Vital statistics of India. Vol. IV, Annual returns from 1871 to 1876. British Army of India, Native Army and jails of Bengal
Year: 1871
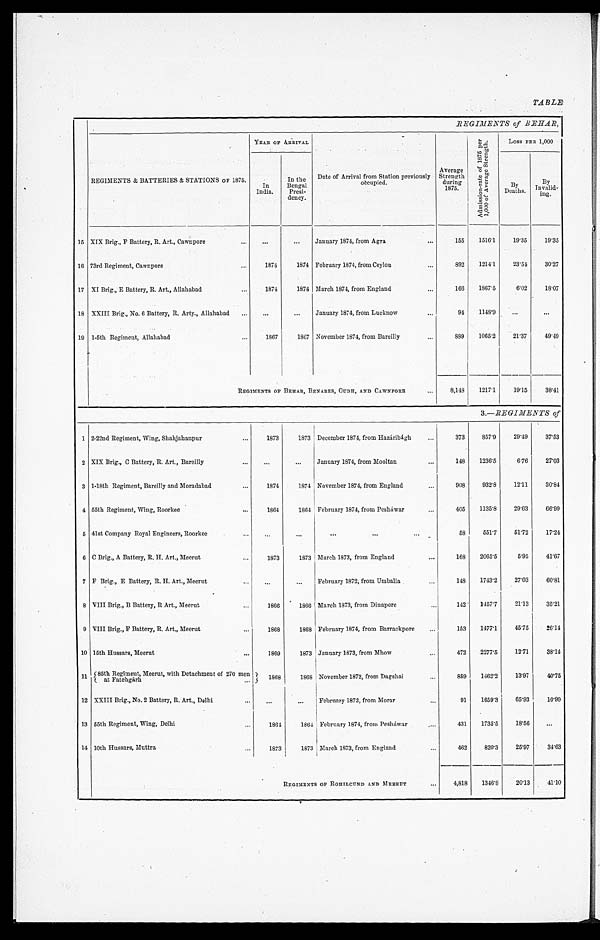
TABLE.
REGIMENTS of BEHAR,
REGIMENTS & BATTERIES & STATIONS OF 1875.
YEAR OF ARRIVAL
Date of Arrival from Station previously
occupied.
Average
Strength during 1875.
A d m i s s i o n - r a t e o f 1 8 7 5 p e r
1 , 0 0 0 o f A v e r a g e S t r e n g t h . Loss PER 1,000
In
India.
In the
Bengal Presi-
dency.
B y
D e a t h s . By
Invalid- i n g .
15 XIX Brig., F Battery, R. Art., Cawn pore
January 1874, from Agra
155 1516.1 19.35 19.35
16 73rd Regiment, Cawnpore
1874 1874 February 1874, from Ceylon
892 1214.1 23.54 30.27
17 XI Brig., E Battery, R. Art., Allahabad
1874 1874 March 1874, from England
166 1867.5 6.02 18.07
18 XXIII Brig., No. 6 Battery, R. Arty., Allahabad
January 1874, from Lucknow
94 1148.9
19 1-5th Regiment, Allahabad
1867 1867 November 1874, from Bareilly
889 1065.2 21.37 49.49
REGIMENTS OF BEHAR, BENARES, OUDH, AND CAWNPORE 8, 148 1217.1 19.15 38.41
3.—REGIMENTS of
1 2-22nd Regiment, Wing, Shahjahanpur
1873 1873 December 1874, from Hazáribágh
373 857.9 29.49 37.53
2 XIX Brig., C Battery, R. Art., Bareilly
January 1874, from Mooltan
148 1236.5 6.76 27.03
3 1-18th Regiment, Bareilly and Moradabad
1874 1874 November 1874, from England
908 932.8 12.11 30.84
4 55th Regiment, Wing, Roorkee
1864 1864 February 1874, from Peshawar
405 1135.8 29.63 66.99
5 41st Company Royal Engineers, Roorkee
58 551.7 51.72 17.24
6 C Brig., A Battery, R. H. Art., Meerut
1873 1873 March 1873, from England
168 2065.5 5.95 41.67
7 F Brig., E Battery, R. H. Art., Meerut
February 1872, from Umballa
148 1743.2 27.03 60.81
8 VIII Brig., B Battery, R Art., Meerut
1866 1866 March 1873, from Dinapore
142 1457.7 21.13 35.21
9 VIII Brig., F Battery, R. Art., Meerut
1868 1868 February 1874, from Barrackpore
153 1477.1 45.75 26.14
10 15th Hussars, Meerut
1869 1873 January 1873, from Mhow
472 2277.5 12.71 38.14
11 85th Regiment, Meerut, with Detachment of 270 men
a t F a t e h g á r h
1868 1868 November 1872, from Dagshai
859 1462.2 13.97 4 0 . 7 5
12 XXIII Brig., No. 2 Battery, R. Art., Delhi
F e b r u a r y 1 8 7 2 , f r o m M o r a r 91 1659.3 65.93 1 0 . 9 9
13 55th Regiment, Wing, Delhi
1 8 6 4 1864 February 1874, from Peshawar
431 1735.5 18.56
14 10th Hussars, Muttra
1 8 7 3 1873 March 1873, from England
462 820.3 25.97 3 4 . 6 3
REGIMENTS OF ROHILCUND AND MEERUT 4, 818 1346.8 20.13 4 1 . 1 0